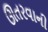
ઊતરવાની